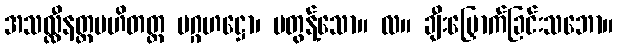
အသလ္လီနတ္တပဟိတတ္တ ပဂ္ဂဟဋ္ဌော၊ မတွန့်သော။ လ။ ချီးမြှောက်ခြင်းသဘော။